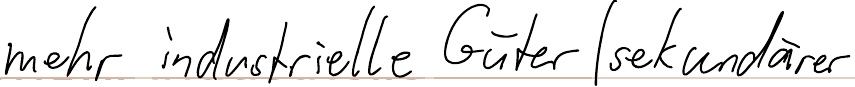
mehr industrielle Güter (sekundärer